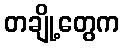
တချို့တွေက